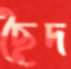
ছৈদ